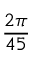
\frac { 2 \pi } { 4 5 }